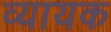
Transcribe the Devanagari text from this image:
व्यायक